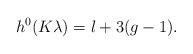
LaTeX: \begin{align*}h^0(K\lambda)= l+3(g-1).\end{align*}